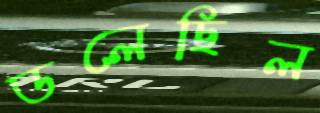
ডলেছিল